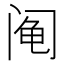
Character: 阄